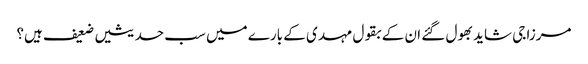
مرزا جی شاید بھول گئے ان کے بقول مہدی کے بارے میں سب حدیثیں ضعیف ہیں؟